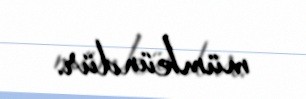
mümkündür.